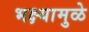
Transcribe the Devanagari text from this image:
भक्ष्यामुळे